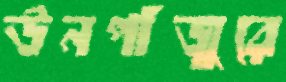
ঊনপাঁজুরে